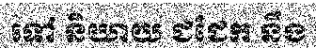
ទៅ និយាយ ជជែក នឹង